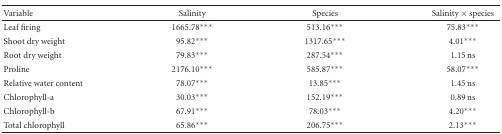
| Variable | Salinity | Species | Salinity × species |
 | --- | --- | --- | --- |
 | Leaf firing | 1665.78*** | 513.16*** | 75.83*** |
 | Shoot dry weight | 95.82*** | 1317.65*** | 4.01*** |
 | Root dry weight | 79.83*** | 287.54*** | 1.15 ns |
 | Proline | 2176.10*** | 585.87*** | 58.07*** |
 | Relative water content | 78.07*** | 13.85*** | 1.45 ns |
 | Chlorophyll-a | 30.03*** | 152.19*** | 0.89 ns |
 | Chlorophyll-b | 67.91*** | 78.03*** | 4.20*** |
 | Total chlorophyll | 65.86*** | 206.75*** | 2.13*** |